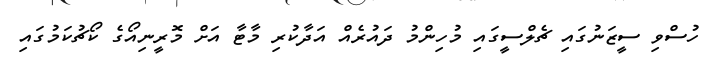
ހުސްވި ސީޒަނުގައި ޗެލްސީގައި މުހިންމު ދައުރެއް އަދާކުރި މާޓާ އަށް މޮރީނިއޯގެ ކޯޗުކަމުގައި